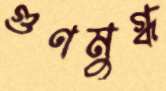
গুণমুগ্ধ